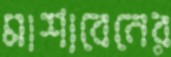
মাশাবেনের